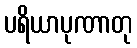
ပရိယာပုဏာတု